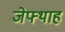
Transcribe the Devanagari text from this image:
जेफ्थाह